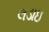
લડાઇ